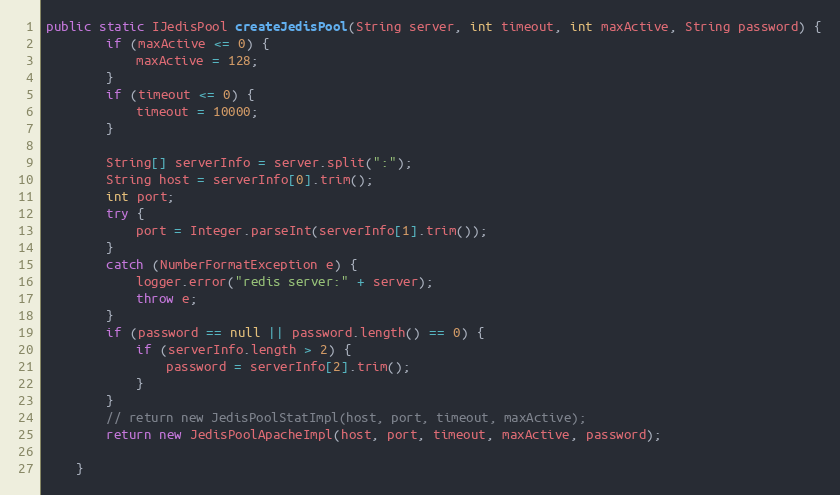
Language: Java
public static IJedisPool createJedisPool(String server, int timeout, int maxActive, String password) {
		if (maxActive <= 0) {
			maxActive = 128;
		}
		if (timeout <= 0) {
			timeout = 10000;
		}

		String[] serverInfo = server.split(":");
		String host = serverInfo[0].trim();
		int port;
		try {
			port = Integer.parseInt(serverInfo[1].trim());
		}
		catch (NumberFormatException e) {
			logger.error("redis server:" + server);
			throw e;
		}
		if (password == null || password.length() == 0) {
			if (serverInfo.length > 2) {
				password = serverInfo[2].trim();
			}
		}
		// return new JedisPoolStatImpl(host, port, timeout, maxActive);
		return new JedisPoolApacheImpl(host, port, timeout, maxActive, password);

	}